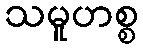
သမူဟစ္စ